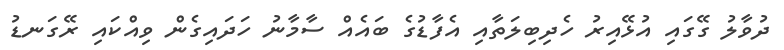
ދުވާލު ގޭގައި އުޅޭއިރު ހެދިބިލަތާއި އެފާޑުގެ ބައެއް ސާމާނު ހަދައިގެން ވިއްކައި ރޭގަނޑު